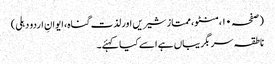
(صفحہ ۱۰، منٹو، ممتاز شیریں اور لذت گناہ، ایوانِ اردو دہلی)
ناطقہ سربگریباں ہے اسے کیا کہئے۔